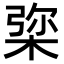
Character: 𣓔